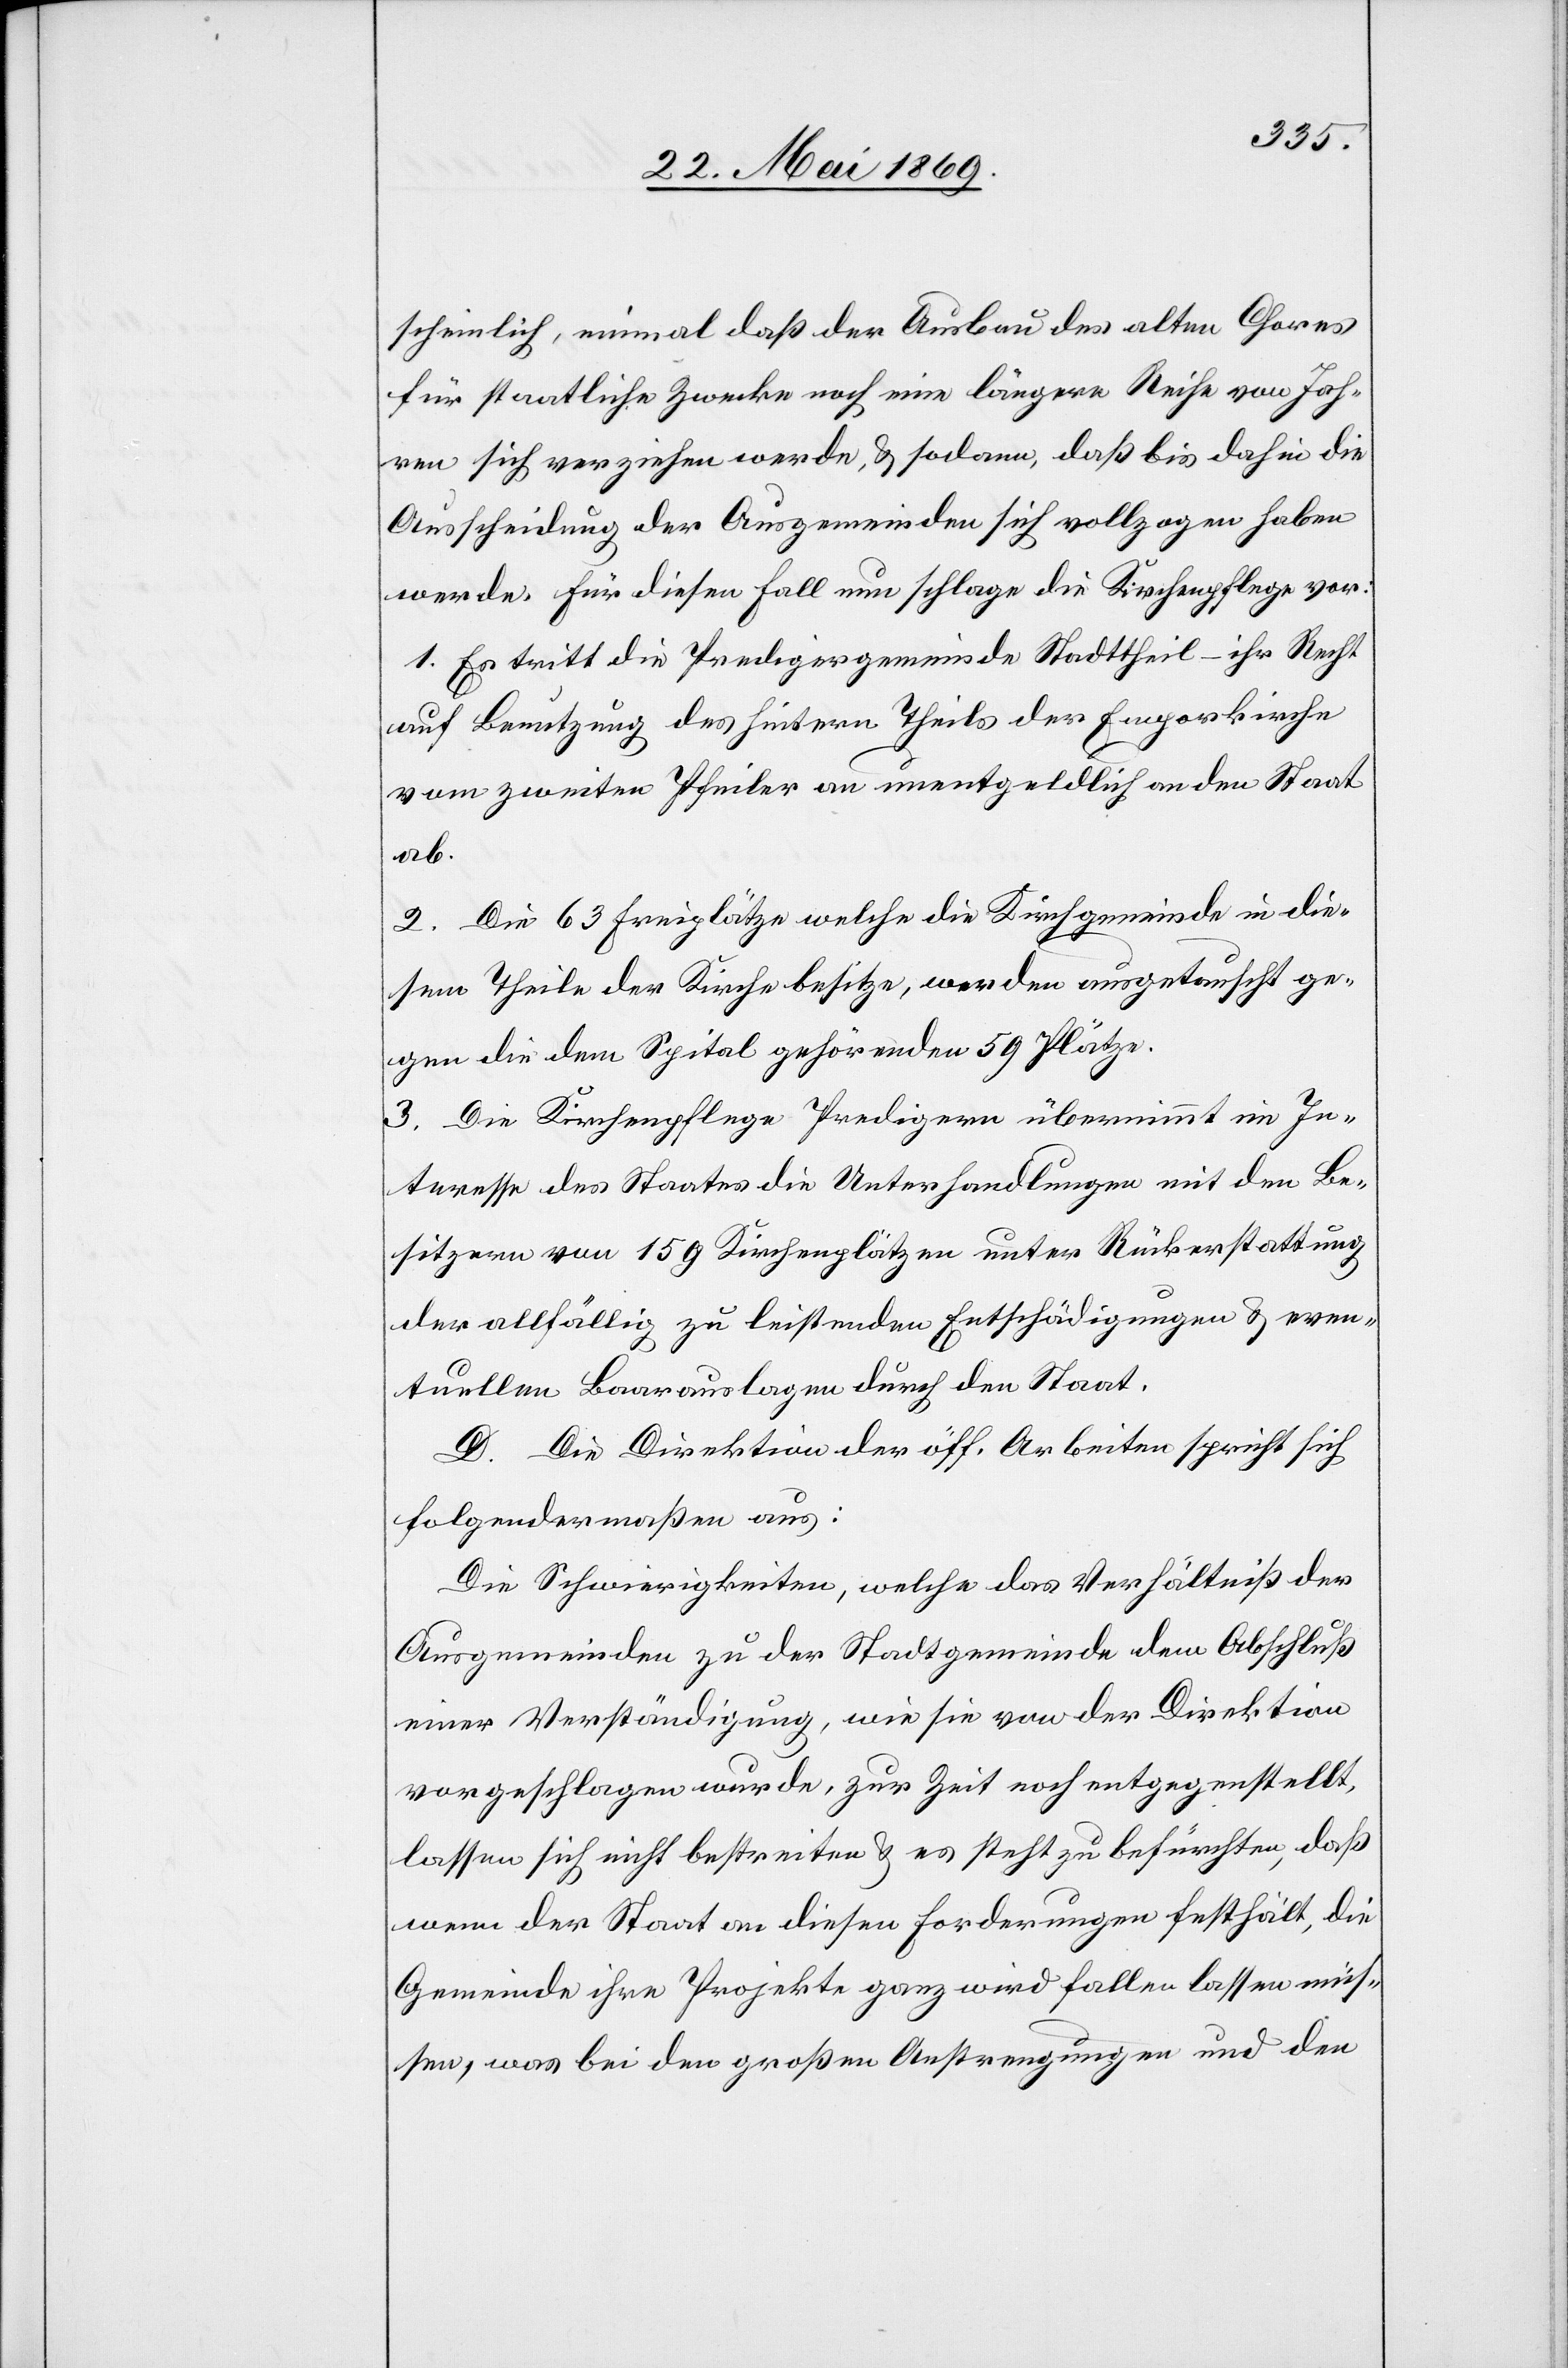
scheinlich, einmal daß der Ausbau des alten Chores
für staatliche Zwecke noch eine längere Reise von Jah¬
ren sich verziehen werde, u. sodann, daß bis dahin die
Ausscheidung der Ausgemeinden sich vollzogen haben
werde. Für diesen Fall nun schlage die Kirchenpflege vor:
1. Es tritt die Predigergemeinde Stadttheil – ihr Recht
auf Benutzung des hintern Theils der Emporkirche
vom zweiten Pfeiler an unentgeldlich an den Staat
ab.
2. Die 63 Freiplätze welche die Kirchgemeinde in die¬
sem Theile der Kirche besitze, werden ausgetauscht ge¬
gen die dem Spital gehörenden 59 Plätze.
3. Die Kirchenpflege Predigern übernimmt im In¬
teresse des Staates die Unterhandlungen mit den Be¬
sitzern von 159 Kirchenplätzen unter Rückerstattung
der allfällig zu leistenden Entschädigung u. even¬
tuellen Baarauslagen durch den Staat.
D. Die Direktion der öff. Arbeiten spricht sich
folgendermaßen aus:
Die Schwierigkeiten, welche das Verhältniß der
Ausgemeinden zu der Stadtgemeinde dem Abschluß
einer Verständigung, wie sie von der Direktion
vorgeschlagen wurde, zur Zeit noch entgegenstellt,
lassen sich nicht bestreiten u. es steht zu befürchten, daß
wenn der Staat an diesen Forderungen festhält, die
Gemeinde ihre Projekte ganz wird fallen lassen müs¬
sen, was bei den großen Anstrengungen und den